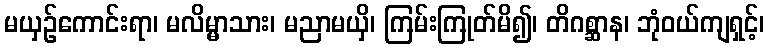
မယှဉ်ကောင်းရာ၊ မလိမ္မာသား၊ မညာမယှိ၊ ကြမ်းကြုတ်မိ၍၊ တိဂစ္ဆာန၊ ဘုံဝယ်ကျရှင့်၊